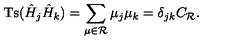
\mathrm { T s } ( \hat { H } _ { j } \hat { H } _ { k } ) = \sum _ { \mu \in { \cal R } } \mu _ { j } \mu _ { k } = \delta _ { j k } C _ { \cal R } .